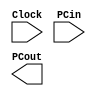
module PC(Clock , PCin, PCout);
    input [31:0] PCin;
    input Clock;
    output reg [31:0] PCout;

endmodule